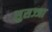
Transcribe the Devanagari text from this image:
सुसज्जा